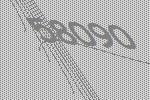
58090